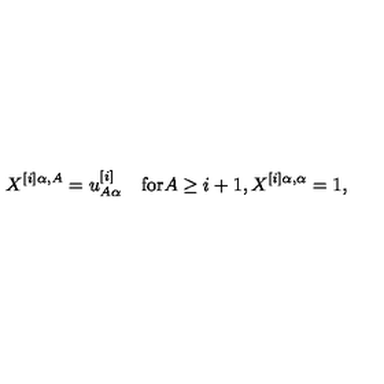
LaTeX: X ^ { [ i ] \alpha , A } = u _ { A \alpha } ^ { [ i ] } \quad \mathrm { f o r } A \geq i + 1 , X ^ { [ i ] \alpha , \alpha } = 1 ,